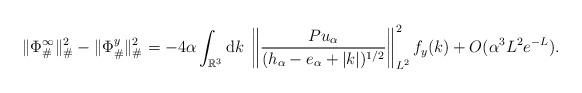
LaTeX: \begin{align*}\|\Phi_{\#}^{\infty}\|^2_{\#} - \|\Phi_{\#}^y\|^2_{\#} = - 4 \alpha \int_{\mathbb{R}^3}\mathrm{d}k \; \left\| \frac{P u_{\alpha}}{(h_{\alpha}-e_{\alpha}+|k|)^{1/2}}\right\|_{L^2}^2 f_y(k) +O(\alpha^3 L^2 e^{-L}).\end{align*}